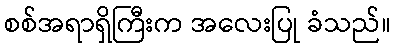
စစ်အရာရှိကြီးက အလေးပြု ခံသည်။